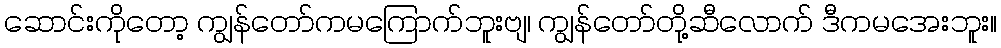
ဆောင်းကိုတော့ ကျွန်တော်ကမကြောက်ဘူးဗျ၊ ကျွန်တော်တို့ဆီလောက် ဒီကမအေးဘူး။